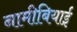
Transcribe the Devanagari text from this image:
नामीबियाई